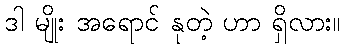
ဒါ မျိုး အရောင် နုတဲ့ ဟာ ရှိလား။